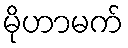
မိုဟာမက်